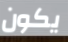
يكون